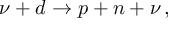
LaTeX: \nu + d \to p + n + \nu \, ,